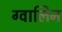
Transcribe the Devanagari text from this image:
ग्वालिन